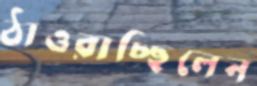
ঠাওরাচ্ছিলেন